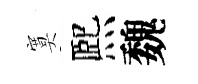
寞熈魏